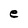
Character: e